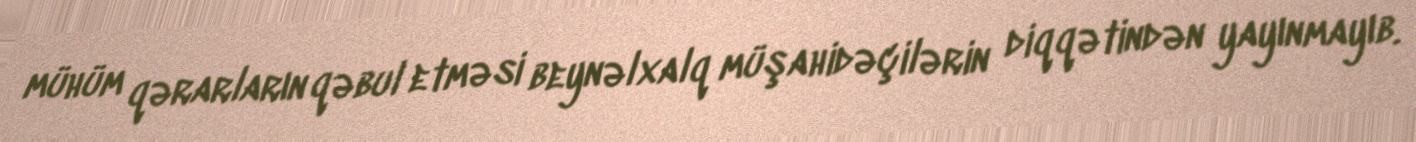
mühüm qərarların qəbul etməsi beynəlxalq müşahidəçilərin diqqətindən yayınmayıb.